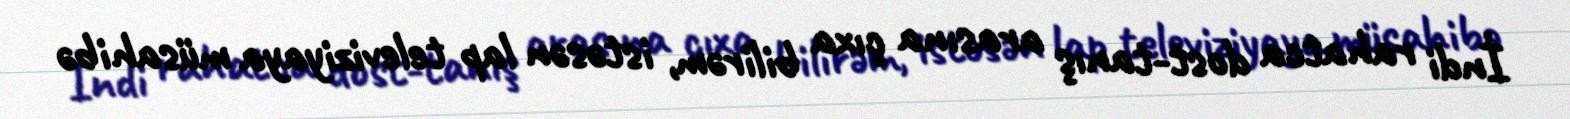
İndi rahatca dost-tanış arasına çıxa bilirəm, istəsən lap televiziyaya müsahibə